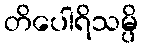
တိပေါရိသမ္ပိ